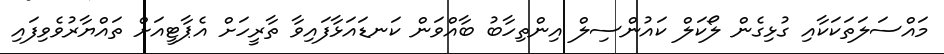
މައްސަލަތަކަކާއި ގުޅިގެން ލޯކަލް ކައުންސިލް އިންތިހާބު ބާއްވަން ކަނޑައަޅާފައިވާ ތާރީހަށް އެޕާޓީއަށް ތައްޔާރުވެވިފައި